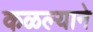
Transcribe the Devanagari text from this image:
कळल्याने